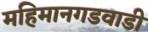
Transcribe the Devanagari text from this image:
महिमानगडवाडी